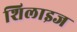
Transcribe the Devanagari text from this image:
शिलाइज